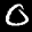
Label: 0